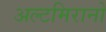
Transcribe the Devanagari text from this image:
अल्टमिरानो